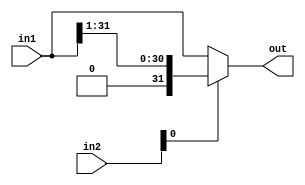
module srl (
    in1,
    in2,
    out
);
  input [31:0] in1;
  input [31:0] in2;
  output [31:0] out;

  assign out = in2[0] == 1 ? {1'b0, in1[31:1]} : in1;
endmodule